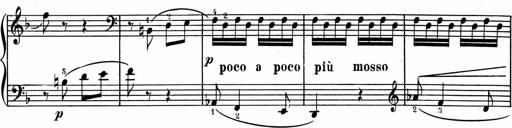
Title: 1Ã¨re Sonatine
Composer: FrÃ©dÃ©ric Binet